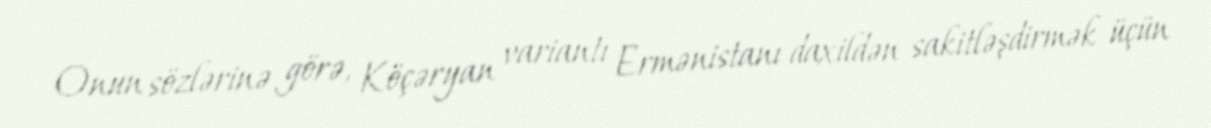
Onun sözlərinə görə, Köçəryan variantı Ermənistanı daxildən sakitləşdirmək üçün